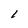
Character: l